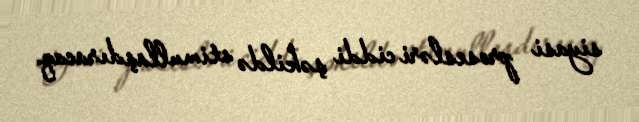
siyasi prosesləri ciddi şəkildə stimullaşdıracaq.